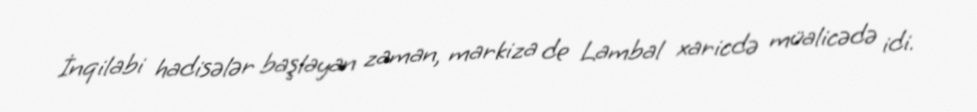
İnqilabi hadisələr başlayan zaman, markiza de Lambal xaricdə müalicədə idi.